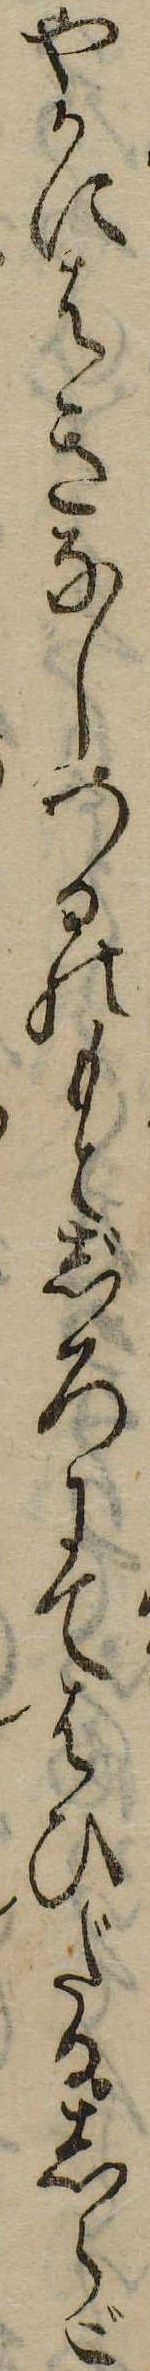
やかにはきなしつるのもとじろにてはひだるしらご